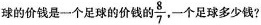
球的价钱是一个足球的价钱的\frac{8}{7}，一个足球多少钱?